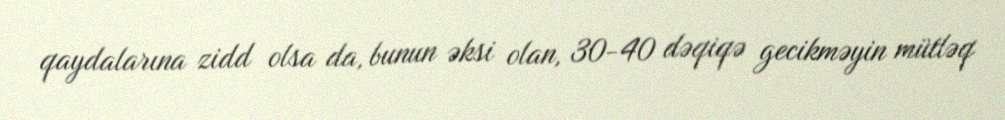
qaydalarına zidd olsa da, bunun əksi olan, 30-40 dəqiqə gecikməyin mütləq